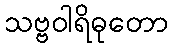
သဗ္ဗဝါရိဓုတော